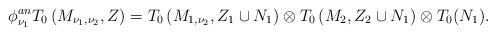
LaTeX: \begin{align*}\phi^{an}_{\nu_1}T_0\left(M_{\nu_1,\nu_2},Z\right)=T_0\left(M_{1,\nu_2},Z_1\cup N_1\right)\otimes T_0\left(M_2,Z_2\cup N_1\right)\otimes T_0(N_1).\end{align*}